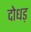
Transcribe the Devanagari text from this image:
दोधड़